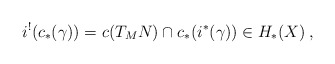
\begin{align*}i^!(c_*(\gamma)) = c(T_MN) \cap c_*(i^*(\gamma)) \in H_*(X)\:,\end{align*}